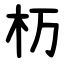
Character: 杤